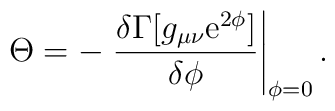
\Theta =-\left. \frac{\delta \Gamma [g_{\mu \nu }{\rm e}^{2\phi }]}{\delta\phi }\right| _{\phi =0}.